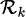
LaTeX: \scriptstyle\mathcal{R}_{k}